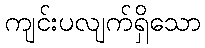
ကျင်းပလျက်ရှိသော